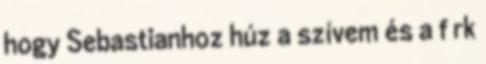
hogy Sebastianhoz húz a szívem és a f rk